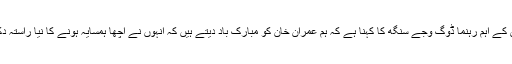
کانگریس کے اہم رہنما ڈوگ وجے سنگھ کا کہنا ہے کہ ہم عمران خان کو مبارک باد دیتے ہیں کہ انہوں نے اچھا ہمسایہ ہونے کا نیا راستہ دکھایا ہے۔